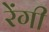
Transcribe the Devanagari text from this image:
रेंगी